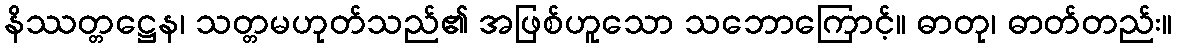
နိဿတ္တဋ္ဌေန၊ သတ္တမဟုတ်သည်၏ အဖြစ်ဟူသော သဘောကြောင့်။ ဓာတု၊ ဓာတ်တည်း။